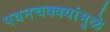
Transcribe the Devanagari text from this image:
पवनचक्क्यांमुळे